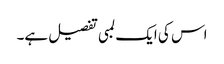
اس کی ایک لمبی تفصیل ہے۔